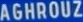
AGHROUZ